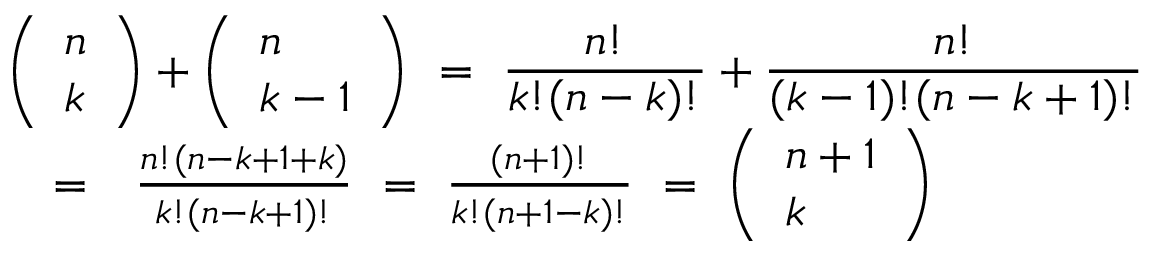
\begin{array} { r l r } { \lefteqn { \left( \begin{array} { l } { n } \\ { k } \end{array} \right) + \left( \begin{array} { l } { n } \\ { k - 1 } \end{array} \right) \ = \ \frac { n ! } { k ! ( n - k ) ! } + \frac { n ! } { ( k - 1 ) ! ( n - k + 1 ) ! } } } \\ & { = } & { \frac { n ! ( n - k + 1 + k ) } { k ! ( n - k + 1 ) ! } \ = \ \frac { ( n + 1 ) ! } { k ! ( n + 1 - k ) ! } \ = \ \left( \begin{array} { l } { n + 1 } \\ { k } \end{array} \right) } \end{array}